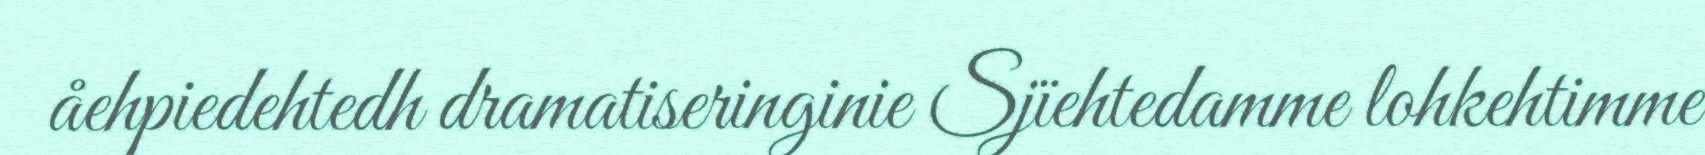
åehpiedehtedh dramatiseringinie Sjïehtedamme lohkehtimme